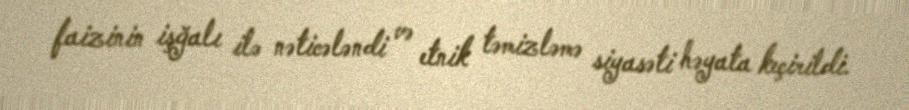
faizinin işğalı ilə nəticələndi və etnik təmizləmə siyasəti həyata keçirildi.